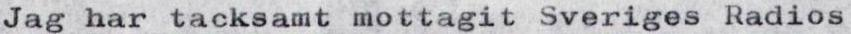
Jag har tacksamt mottagit Sveriges Radios